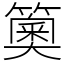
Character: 䉛